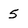
Character: 5